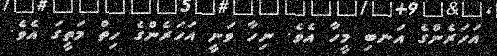
އަހަރެންގެ އަނބި މީހާ އެވެ. ނިހާ ވަނީ އަހަރެންގެ ހިތް މަތީގަ އެވެ.